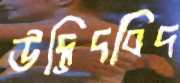
উদ্ভিদবিদ